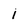
Character: 1